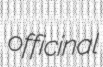
officinal